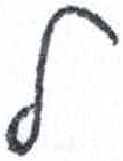
אות: ל